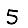
Digit: 5